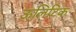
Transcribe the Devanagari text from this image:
ऊलिटिक